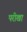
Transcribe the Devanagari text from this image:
परीखा